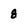
Character: 8